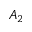
A _ { 2 }